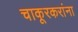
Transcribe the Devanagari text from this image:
चाकूरकरांना